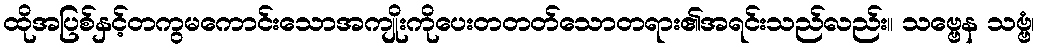
ထိုအပြစ်နှင့်တကွမကောင်းသောအကျိုးကိုပေးတတတ်သောတရား၏အရင်းသည်လည်း။ သဗ္ဗေန သဗ္ဗံ၊